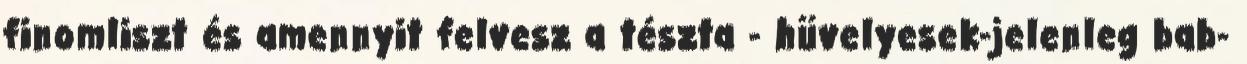
finomliszt és amennyit felvesz a tészta - hüvelyesek-jelenleg bab-